Lunatic asylums United Prov. 1922-30 - 1922-1930
Year: 1922
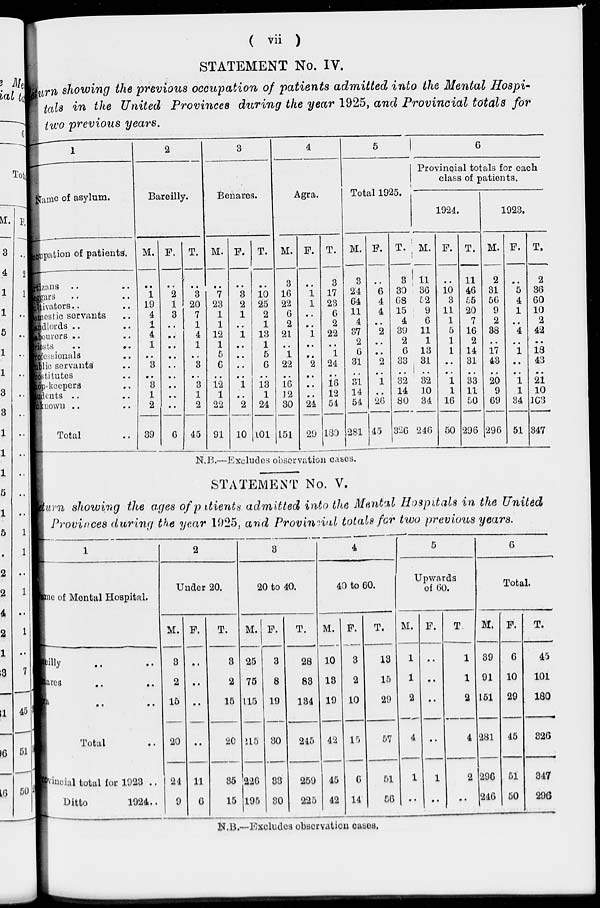
( vii )
STATEMENT No. IV.
Return showing the previous occupation of patients admitted into the Mental Hospi-
tals in the United Provinces during the year 1925, and Provincial totals for
two previous years.
1
Name of asylum.
Occupation of patients.
Artizans .. ..
Beggars .. ..
Cultivators .. ..
Domestic servants ..
Landlords .. ..
Lahourers .. ..
Priests .. ..
Professionals ..
Public servants ..
Prostitutes ..
Shop-keepers ..
Students .. ..
Unknown .. ..
Total ..
2
Bareilly.
M.
..
1
19
4
1
4
1
..
3
..
3
1
2
39
F.
..
2
1
3
..
..
..
..
..
..
..
..
..
6
T.
..
3
20
7
1
4
1
..
3
..
3
1
2
45
3
Benares.
M.
..
7
23
1
1
12
1
5
6
..
12
1
22
91
F.
..
3
2
1
..
1
..
..
..
..
1
..
2
10
T.
..
10
25
2
1
13
1
5
6
..
13
1
24
101
4
Agra.
M.
3
16
22
6
2
21
..
1
22
..
16
12
30
151
F.
..
1
1
..
..
1
..
..
2
..
..
..
24
29
T.
3
17
23
6
2
22
..
1
24
..
16
12
54
130
5
Total 1925.
M.
3
24
64
11
4
37
2
6
31
..
31
14
54
281
F.
.. 6
4
4
..
2
..
..
2
..
1
..
26
45
T.
3
30
68
15
4
39
2
6
33
..
32
14
80
326
6
Provincial totals for each
class of patients.
1924.
M.
11 36
52
9
6
11
1
13
31
..
32
10
34
246
F.
.. 10
3
11
1
5
1
1
..
..
1
1
16
50
T.
11
46
55
20
7
16
2
14
31
..
33
11
50
296
1923.
M.
2
31
56
9
2
38
..
17
43
..
20
9
69
296
F.
.. 5
4
1
..
4
..
1
..
..
1
1
34
51
T.
2
36
60
10
2
42
..
18
43
..
21
10
103
347
N.B.—Excludes observation cases.
STATEMENT No. V.
Return showing the ages of patients admitted into the Mental Hospitals in the United
Provinces during the year 1925, and Provincial totals for two previous years.
1
Name of Mental Hospital.
Bareilly .. ..
Benares .. ..
Agra .. ..
Total ..
Provincial total for 1923 ..
Ditto
1924 ..
2
Under 20.
M.
3
2
15
20
24
9
F.
..
..
..
..
11
6
T.
3
2
15
20
85
15
8
20 to 40.
M.
25
75
115
215
226
195
F.
3
8
19
30
33
30
T.
28
83
134
245
259
225
4
40 to 60.
M.
10
13
19
42
45
42
F.
3
2
10
15
6
14
T.
13
15
29
57
51
56
5
Upwards
of 60.
M.
1
1
2
4
1
..
F.
..
..
..
..
1
..
T.
1
1
2
4
2
..
6
Total.
M.
39
91
151
281
296
246
F.
6
10
29
45
51
50
T.
45
101
180
326
347
296
N.B.—Excludes observation cases.